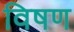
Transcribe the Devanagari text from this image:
विषण